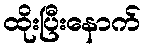
ထိုးပြီးနောက်